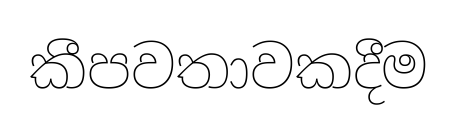
කීපවතාවකදීම